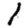
Digit: 1